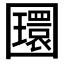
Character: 𡈵